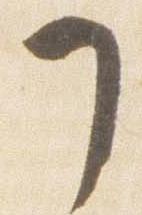
了